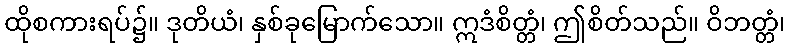
ထိုစကားရပ်၌။ ဒုတိယံ၊ နှစ်ခုမြောက်သော။ ဣဒံစိတ္တံ၊ ဤစိတ်သည်။ ဝိဘတ္တံ၊